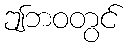
ဤဘဝတွင်